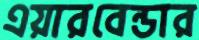
এয়ারবেন্ডার